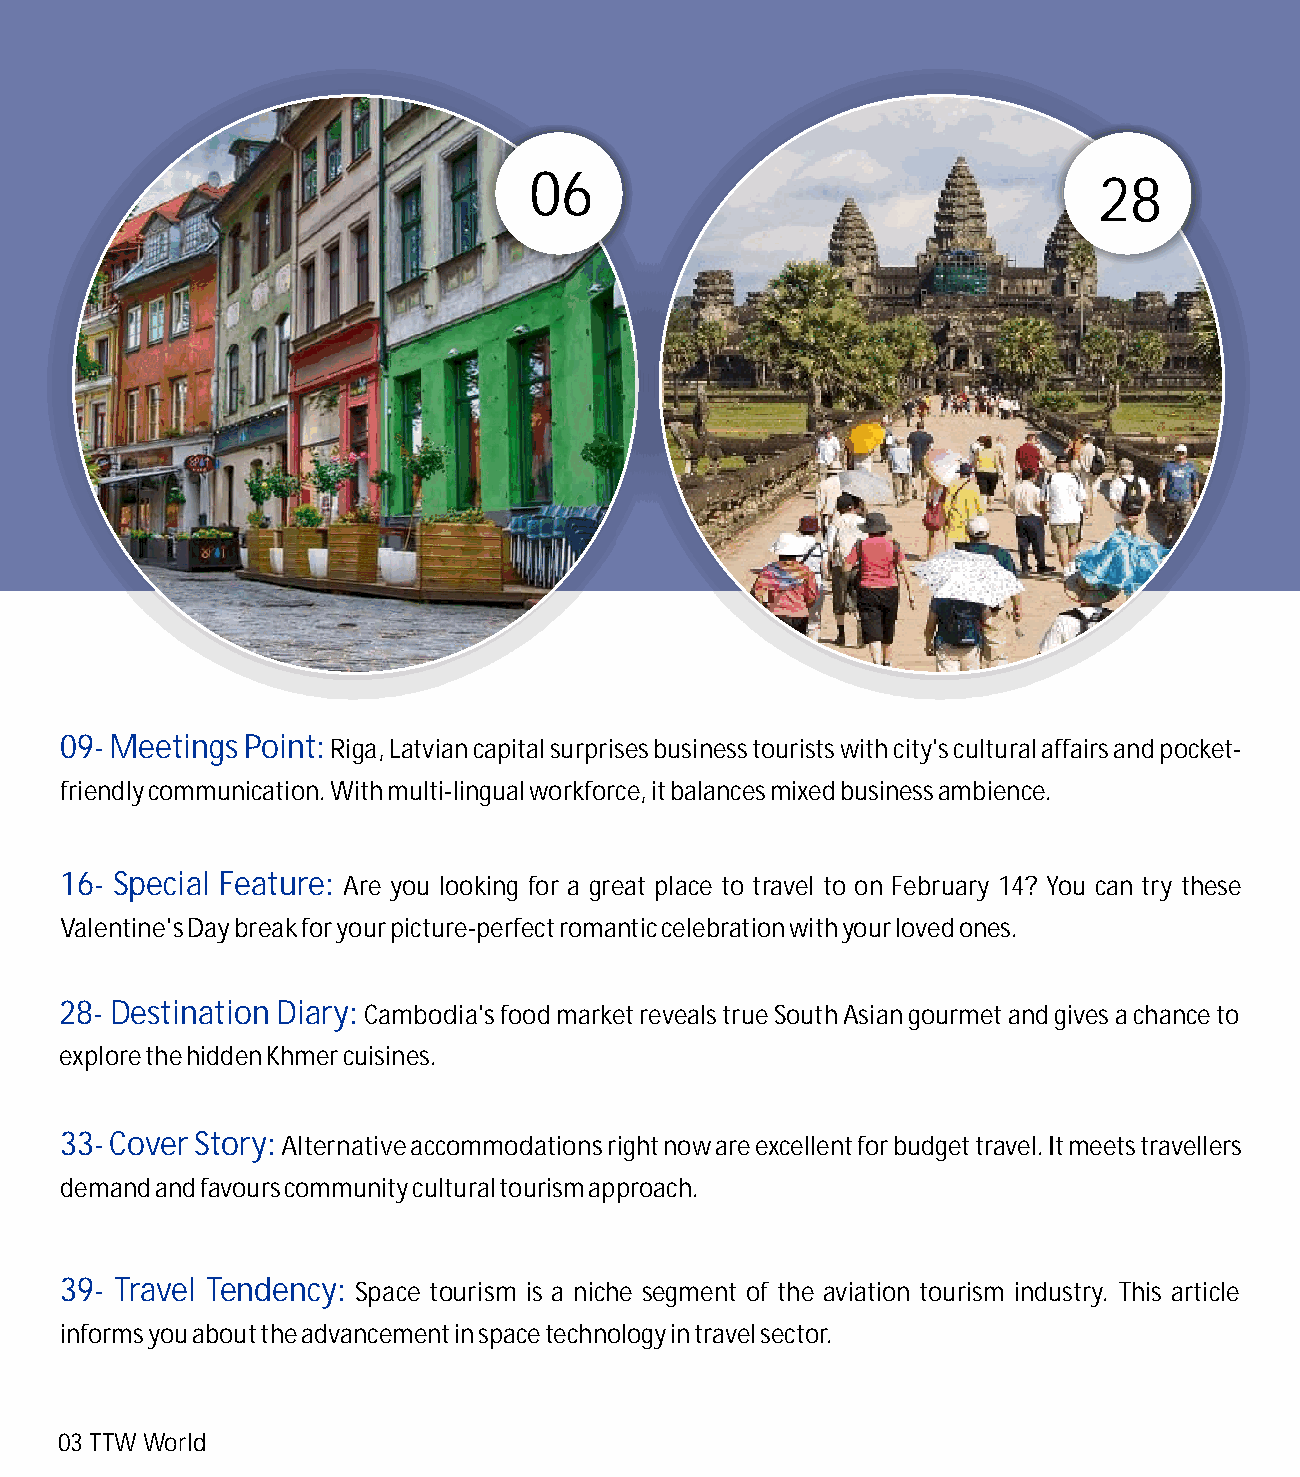
06                                    28
 09- Meetings Point: Riga, Latvian capital surprises business tourists with city's cultural affairs and pocket-
 friendly communication. With multi-lingual workforce, it balances mixed business ambience.
 16- Special Feature: Are you looking for a great place to travel to on February 14? You can try these
 Valentine's Day break for your picture-perfect romantic celebration with your loved ones.
 28- Destination Diary: Cambodia's food market reveals true South Asian gourmet and gives a chance to
 explore the hidden Khmer cuisines.
 33- Cover Story: Alternative accommodations right now are excellent for budget travel. It meets travellers
 demand and favours community cultural tourism approach.
 39- Travel Tendency: Space tourism is a niche segment of the aviation tourism industry. This article
 informs you about the advancement in space technology in travel sector.
 03 TTW World